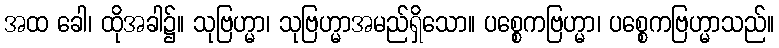
အထ ခေါ၊ ထိုအခါ၌။ သုဗြဟ္မာ၊ သုဗြဟ္မာအမည်ရှိသော။ ပစ္စေကဗြဟ္မာ၊ ပစ္စေကဗြဟ္မာသည်။